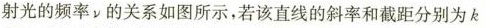
射光的频率ν的关系如图所示，若该直线的斜率和截距分别为k